Leaving Certificate, 1898
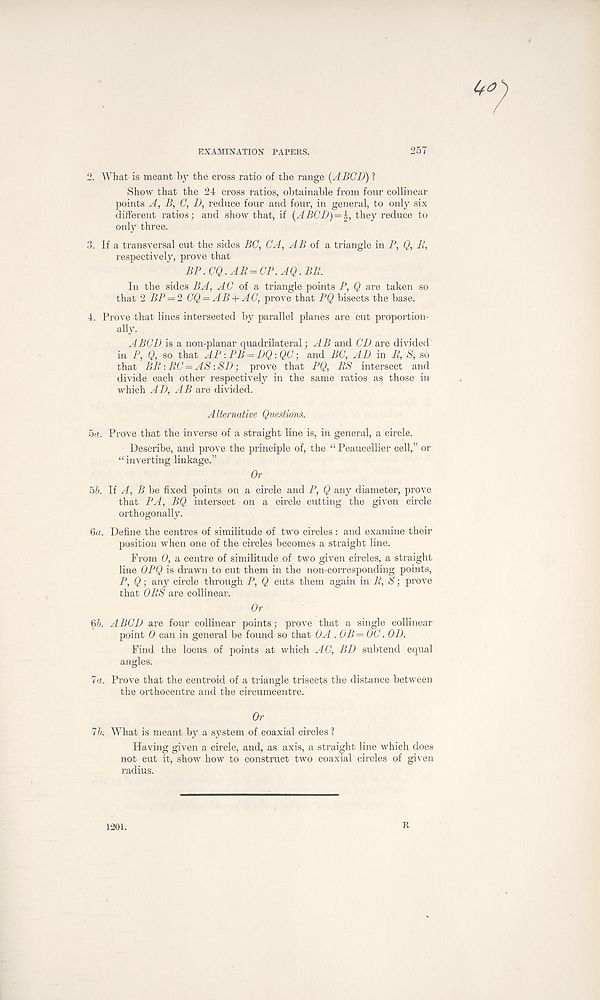
EXAMINATION PAPERS.
257
2. What is meant by the cross ratio of the range (A BCD) 1
Show that the 24 cross ratios, obtainable from four collinear
points A, B, C, D, reduce four and four, in general, to only six
different ratios; and show that, if (ABCD)=^, they reduce to
only three.
3. If a transversal cut the sides BC, CA, AB of a triangle in P, Q, B,
respectively, prove that
BP. CQ. AR = CP. AQ. BR.
In the sides BA, AC of a triangle points P, Q are taken so
that 2 BP = 2 CQ — AB + AC, prove that PQ bisects the base.
4. Prove that lines intersected by parallel planes are cut proportion-
ally.
ABCD is a non-planar quadrilateral; AB and CD are divided
in P, Q, so that AP ■ . PB = DQ:QC and BC, AD in R, S, so
that BR:RC=AS:SD-, prove that PQ, RS intersect and
divide each other respectively in the same ratios as those in
which AD, AB are divided.
Alternative Questions.
5<i. Prove that the inverse of a straight line is, in general, a circle.
Describe, and prove the principle of, the “ Peaucellier cell,” or
“ inverting linkage.”
Or
ob. If A, B he fixed points on a circle and P, Q any diameter, prove
that PA, BQ intersect on a circle cutting the given circle
orthogonally.
<oa. Define the centres of similitude of two circles : and examine their
position when one of the circles becomes a straight line.
From 0, a centre of similitude of two given circles, a straight
line OPQ is drawn to cut them in the non-corresponding points,
P, Q; any circle through P, Q cuts them again in R, S; prove
that ORS are collinear.
Or
<6h. A BCD are four collinear points; prove that a single collinear
point 0 can in general be found so that OA . OB = OC. OD.
Find the locus of points at which AC, BD subtend equal
7a. Prove that the centroid of a triangle trisects the distance between
the orthocentre and the circumcentre.
Or
1b. What is meant by a system of coaxial circles ?
Having given a circle, and, as axis, a straight line which does
not cut it, show how to construct two coaxial circles of given
radius.
1201.